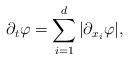
LaTeX: \begin{align*}\partial_t \varphi=\sum_{i=1}^d |\partial_{x_i} \varphi|,\end{align*}